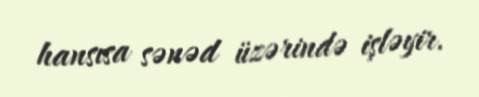
hansısa sənəd üzərində işləyir.